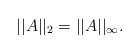
LaTeX: \begin{align*}||A||_2 = ||A||_{\infty}.\end{align*}